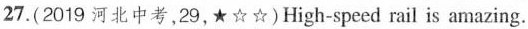
27.(2019 河北中考,29,★☆☆)High-speed rail is amazing.